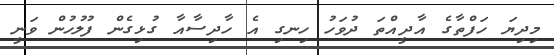
މިދިޔަ ހަފްތާގެ އާދީއްތަ ދުވަހު ހިނގި އެ ހާދިސާއާ ގުޅިގެންް ފުލުހުން ވަނީ